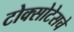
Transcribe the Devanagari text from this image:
टोक्सोटेसचे